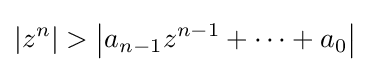
\left|z^{n}\right|>\left|a_{n-1}z^{n-1}+\cdots +a_{0}\right|